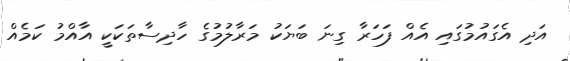
އަދި އެގައުމުގައި އެއް ފަހަރާ ގިނަ ބަޔަކު މަރާލުމުގެ ހާދިސާތަކަކީ އާއްމު ކަމެއް